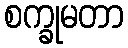
စက္ခုမတာ